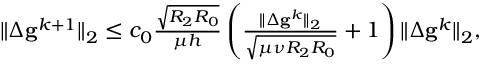
\begin{array} { r } { \| \Delta \mathbf { g } ^ { k + 1 } \| _ { 2 } \leq c _ { 0 } \frac { \sqrt { R _ { 2 } R _ { 0 } } } { \mu h } \left( \frac { \| \Delta \mathbf { g } ^ { k } \| _ { 2 } } { \sqrt { \mu \nu R _ { 2 } R _ { 0 } } } + 1 \right) \| \Delta \mathbf { g } ^ { k } \| _ { 2 } , } \end{array}